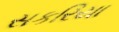
સકરિયા